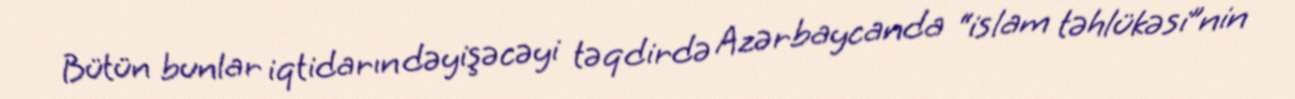
Bütün bunlar iqtidarın dəyişəcəyi təqdirdə Azərbaycanda “islam təhlükəsi”nin